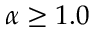
\alpha \geq 1 . 0